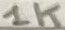
Text: 1K